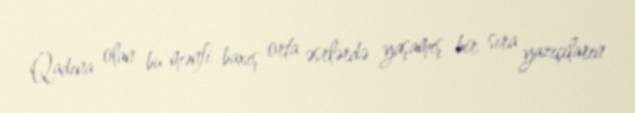
Qadına olan bu mənfi baxış orta əsrlərdə yaşamış bir sıra yazıçıların